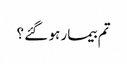
تم بیمار ہو گئے ؟